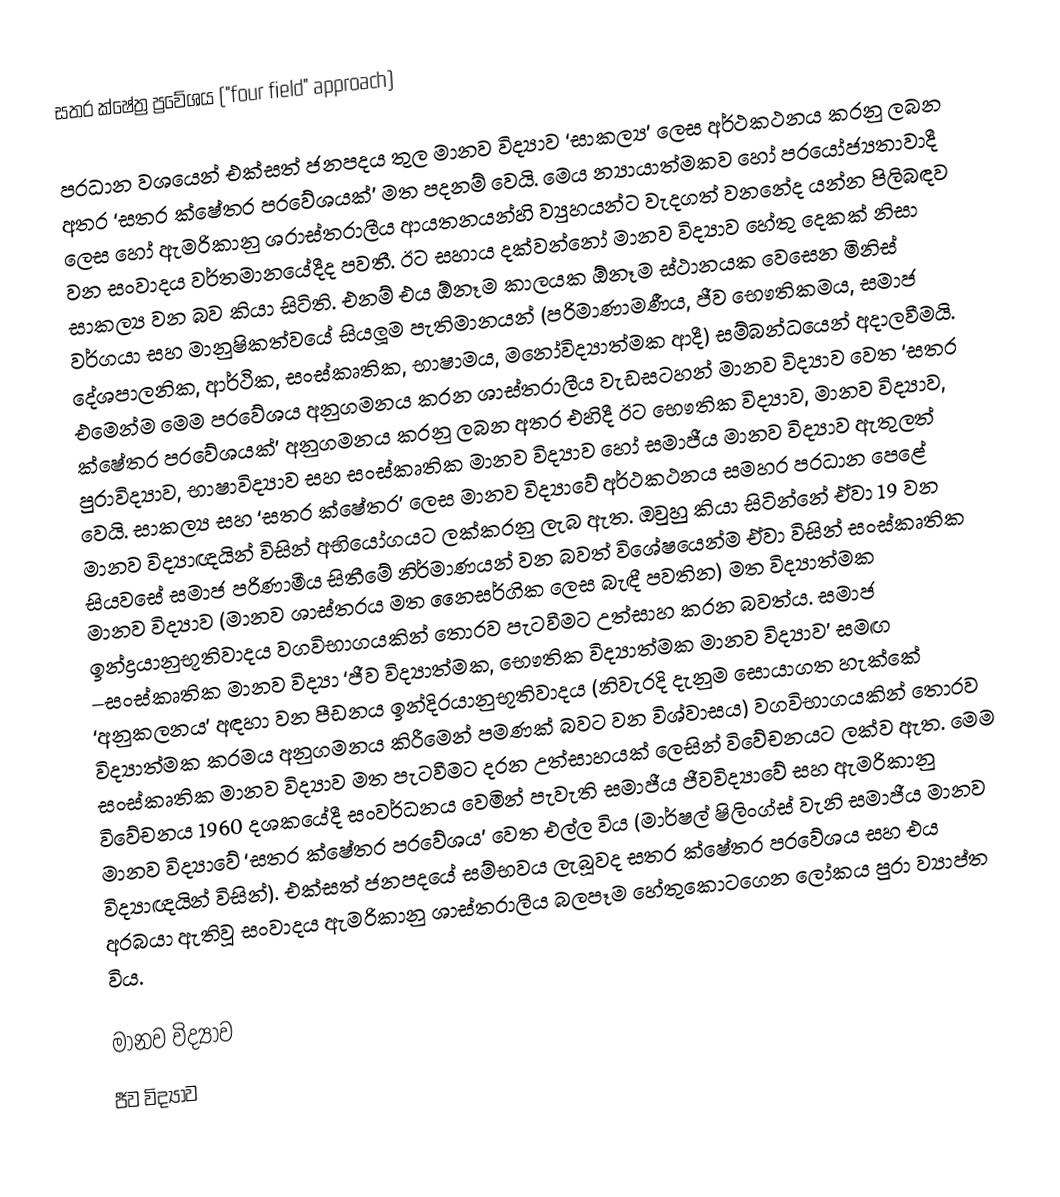
සතර ක්ෂේත්‍ර ප්‍රවේශය ("four field" approach)

ප‍්‍රධාන වශයෙන් එක්සත් ජනපදය තුල මානව විද්‍යාව ‘සාකල්‍ය’ ලෙස අර්ථකථනය කරනු ලබන අතර ‘සතර ක්ෂේත‍්‍ර ප‍්‍රවේශයක්’ මත පදනම් වෙයි. මෙය න්‍යායාත්මකව හෝ ප‍්‍රයෝජ්‍යතාවාදී ලෙස හෝ ඇමරිකානු ශ‍්‍රාස්ත‍්‍රාලීය ආයතනයන්හි ව්‍යුහයන්ට වැදගත් වනනේද යන්න පිලිබඳව වන සංවාදය වර්තමානයේදීද පවතී. ඊට සහාය දක්වන්නෝ මානව විද්‍යාව හේතු දෙකක් නිසා සාකල්‍ය වන බව කියා සිටිති. එනම් එය  ඕනෑම කාලයක  ඕනෑම ස්ථානයක වෙසෙන මිනිස් වර්ගයා සහ මානුෂිකත්වයේ සියලූම පැතිමානයන් (පරිමාණාමණීය, ජීව භෞතිකමය, සමාජ දේශපාලනික, ආර්ථික, සංස්කෘතික, භාෂාමය, මනෝවිද්‍යාත්මක ආදී) සම්බන්ධයෙන් අදාලවීමයි.  එමෙන්ම මෙම ප‍්‍රවේශය අනුගමනය කරන ශාස්ත‍්‍රාලීය වැඩසටහන් මානව විද්‍යාව වෙත ‘සතර ක්ෂේත‍්‍ර ප‍්‍රවේශයක්’ අනුගමනය කරනු ලබන අතර එහිදී ඊට භෞතික විද්‍යාව, මානව විද්‍යාව, පුරාවිද්‍යාව, භාෂාවිද්‍යාව සහ සංස්කෘතික මානව විද්‍යාව හෝ සමාජීය මානව විද්‍යාව ඇතුලත් වෙයි. සාකල්‍ය සහ ‘සතර ක්ෂේත‍්‍ර’ ලෙස මානව විද්‍යාවේ අර්ථකථනය සමහර ප‍්‍රධාන පෙළේ මානව විද්‍යාඥයින් විසින් අභියෝගයට ලක්කරනු ලැබ ඇත. ඔවුහු කියා සිටින්නේ ඒවා 19 වන සියවසේ සමාජ පරිණාමීය සිතීමේ නිර්මාණයන් වන බවත් විශේෂයෙන්ම ඒවා විසින් සංස්කෘතික මානව විද්‍යාව (මානව ශාස්ත‍්‍රය මත නෛසර්ගික ලෙස බැඳී පවතින) මත විද්‍යාත්මක ඉන්ද්‍රයානුභූතිවාදය වගවිභාගයකින් තොරව පැටවීමට උත්සාහ කරන බවත්ය. සමාජ –සංස්කෘතික මානව විද්‍යා ‘ජීව විද්‍යාත්මක, භෞතික විද්‍යාත්මක මානව විද්‍යාව’ සමඟ ‘අනුකලනය’ අඳහා වන පීඩනය ඉන්දි‍්‍රයානුභූතිවාදය (නිවැරදි දැනුම සොයාගත හැක්කේ විද්‍යාත්මක ක‍්‍රමය අනුගමනය කිරීමෙන් පමණක් බවට වන විශ්වාසය) වගවිභාගයකින් තොරව සංස්කෘතික මානව විද්‍යාව මත පැටවීමට දරන උත්සාහයක් ලෙසින් විවේචනයට ලක්ව ඇත. මෙම විවේචනය 1960 දශකයේදී සංවර්ධනය වෙමින් පැවැති සමාජීය ජීවවිද්‍යාවේ සහ ඇමරිකානු මානව විද්‍යාවේ ‘සතර ක්ෂේත‍්‍ර ප‍්‍රවේශය’ වෙත එල්ල විය (මාර්ෂල් ෂිලිංග්ස් වැනි සමාජීය මානව විද්‍යාඥයින් විසින්). එක්සත් ජනපදයේ සම්භවය ලැබූවද සතර ක්ෂේත‍්‍ර ප‍්‍රවේශය සහ එය අරබයා ඇතිවූ සංවාදය ඇමරිකානු ශාස්ත‍්‍රාලීය බලපෑම හේතුකොටගෙන ලෝකය පුරා ව්‍යාප්ත විය.

 මානව විද්‍යාව
ජීව විද්‍යාව